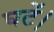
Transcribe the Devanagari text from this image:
घटें।